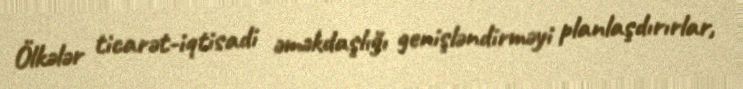
Ölkələr ticarət-iqtisadi əməkdaşlığı genişləndirməyi planlaşdırırlar,